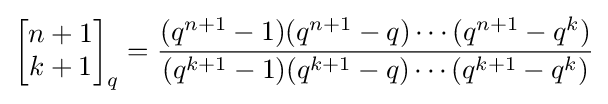
\left[{\begin{matrix}n+1\\k+1\end{matrix}}\right]_{q}={\frac {(q^{n+1}-1)(q^{n+1}-q)\cdots (q^{n+1}-q^{k})}{(q^{k+1}-1)(q^{k+1}-q)\cdots (q^{k+1}-q^{k})}}